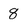
Character: 8